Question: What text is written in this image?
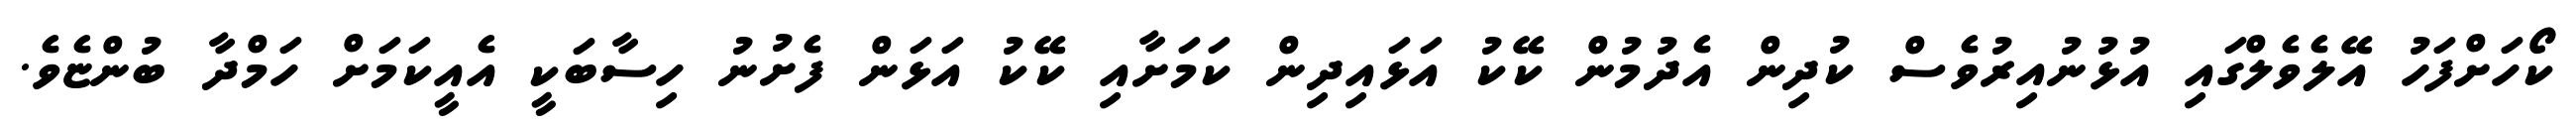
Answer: ކޯހަށްފަހު އޭލެވެލްގައި އުޅުނުއިރުވެސް ކުދިން އެދުމުން ކޭކު އަޅައިދިން ކަމަށާއި ކޭކު އަޅަން ފެށުނު ހިސާބަކީ އެއީކަމަށް ހަމްދާ ބުންޏެވެ.